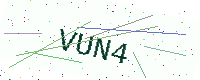
Text: VUN4